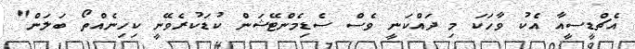
އެޗްޑީސީއާ އެކު ވާހަކަ މި ދައްކަނީ ވެސް ސެޑިމެންޓޭޝަން ކުޑަކުރެވޭނީ ކިހިނެއްތޯ ބަލަން"